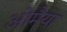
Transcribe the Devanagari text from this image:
ओमैया